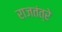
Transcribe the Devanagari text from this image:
राजतंत्रे